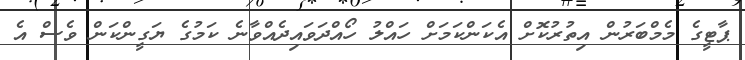
ޕާޓީގެ މެމްބަރުން އިތުރުކޮށް އެކަންކަމަށް ހައްލު ހޯއްދަވައިދެއްވާނެ ކަމުގެ ޔަގީންކަން ވެސް އެ